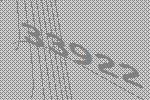
33922